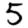
Digit: 5